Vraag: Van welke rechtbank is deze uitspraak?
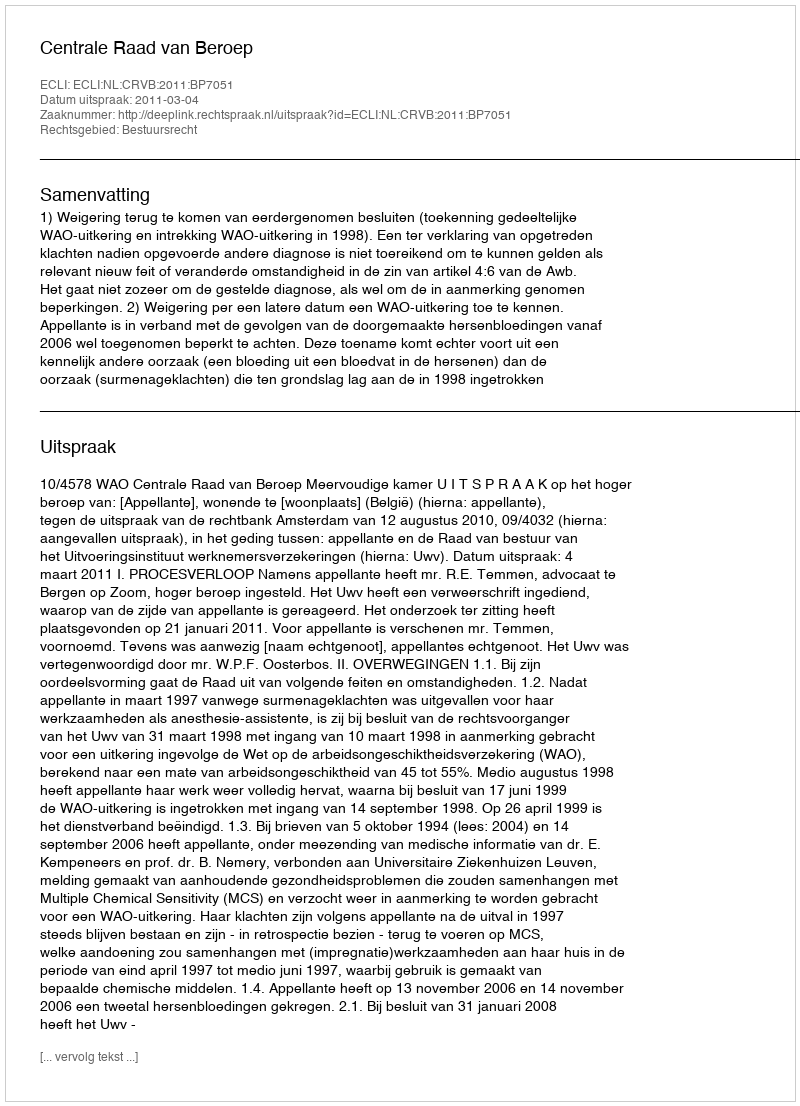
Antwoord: Centrale Raad van Beroep